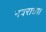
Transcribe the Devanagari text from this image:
नवरात्रा।